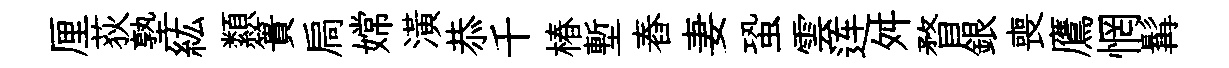
厘荻塾紘纇簣扃嫦潢恭千椿塹舂妻蛩雲连舛瞀銀喪鷹惘髯